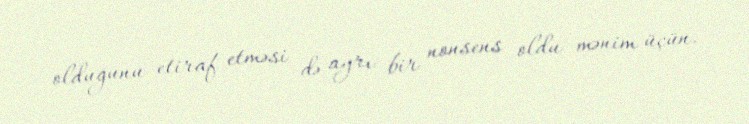
olduğunu etiraf etməsi də ayrı bir nonsens oldu mənim üçün.